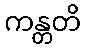
ကန္တတိ